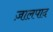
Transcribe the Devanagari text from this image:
ज़ालपाद